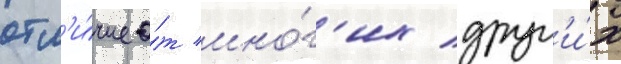
отл'и́чие о́т мно́г'их друг'и́х